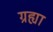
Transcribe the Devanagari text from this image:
ग्रह्या